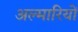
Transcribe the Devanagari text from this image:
अल्मारियों